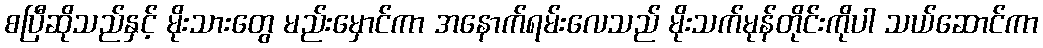
စပြီဆိုသည်နှင့် မိုးသားတွေ မည်းမှောင်ကာ အနောက်ရမ်းလေသည် မိုးသက်မုန်တိုင်းကိုပါ သယ်ဆောင်ကာ